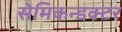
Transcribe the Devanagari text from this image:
सेमिकन्डक्टर